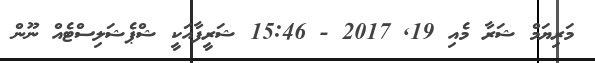
މަރިޔަމް ޝަރާ މެއި 19